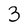
Character: 3